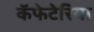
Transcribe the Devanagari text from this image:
कॅफेटेरिया